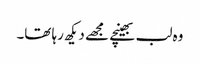
وہ لب بھینچے مجھے دیکھ رہا تھا۔